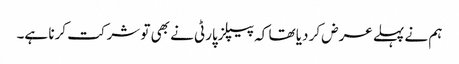
ہم نے پہلے عرض کر دیا تھا کہ پیپلزپارٹی نے بھی تو شرکت کرنا ہے۔